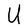
Character: U